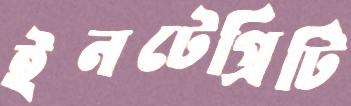
ইনটেগ্রিটি